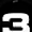
Digit: 3